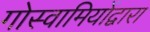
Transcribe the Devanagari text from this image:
गोस्वामियोंद्वारा